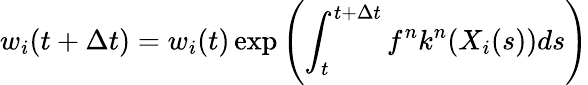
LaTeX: w_{i}(t+\Delta t)=w_{i}(t)\exp\left(\int_{t}^{t+\Delta t}f^{n}k^{n}(X_{i}(s))ds\right)